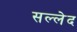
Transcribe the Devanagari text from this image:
सल्लेद